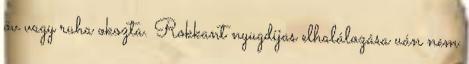
öv vagy ruha okozta. Rokkant nyugdíjas elhalálozása uán nem